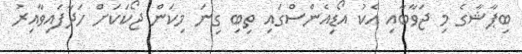
ބިޕާޝާގެ މި ޖަވާބާއި އެކު އޯޑިއެންސްގައި ތިބި ގިނަ މިކަން ޖޯކަކަށް ހަދާފައިވާއިރު